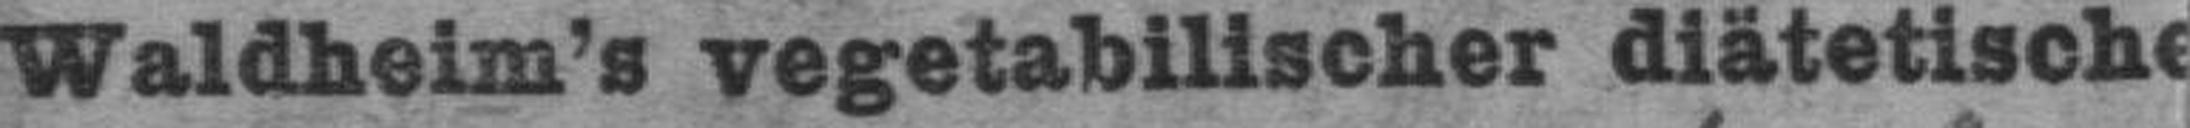
Waldheim's vegetabilischer diätetische